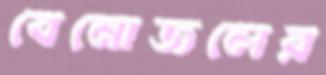
বেনোজলের